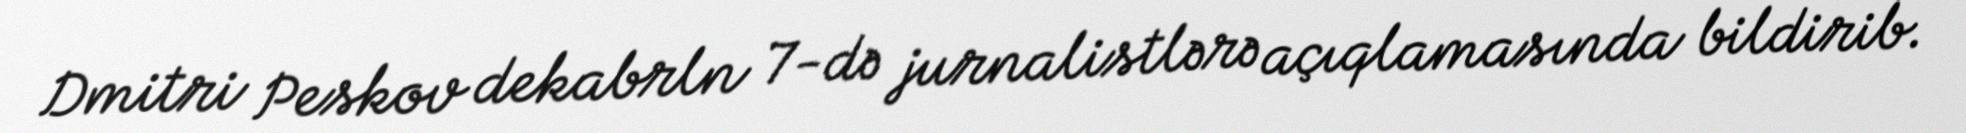
Dmitri Peskov dekabrln 7-də jurnalistlərə açıqlamasında bildirib.